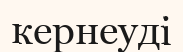
кернеуді